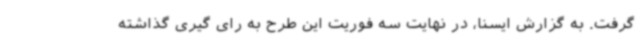
گرفت. به گزارش ایسنا، در نهایت سه فوریت این طرح به رای گیری گذاشته